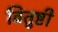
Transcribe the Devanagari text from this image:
वितुष्टी